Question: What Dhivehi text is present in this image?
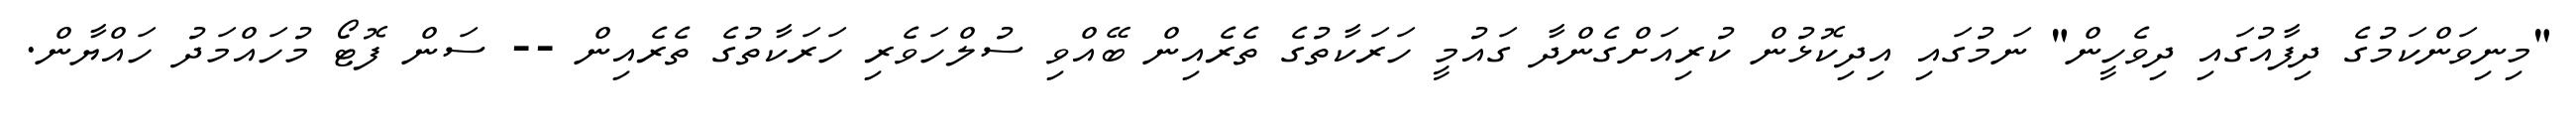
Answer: "މިނިވަންކަމުގެ ދިފާއުގައި ދިވެހީން" ނަމުގައި އިދިކޮޅުން ކުރިއަށްގެންދާ ގައުމީ ހަރަކާތުގެ ތެރެއިން ބޭއްވި ސުލްހަވެރި ހަރަކާތުގެ ތެރެއިން -- ސަން ފޮޓޯ މުހައްމަދު ހައްޔާން.